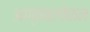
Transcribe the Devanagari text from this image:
अण्ववलोकन